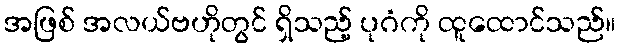
အဖြစ် အလယ်ဗဟိုတွင် ရှိသည့် ပုဂံကို ထူထောင်သည်။